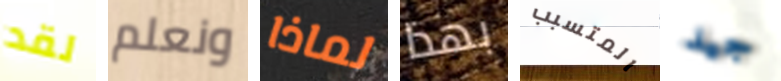
لقد ونعلم لماذا بهذا المتسبب جيد